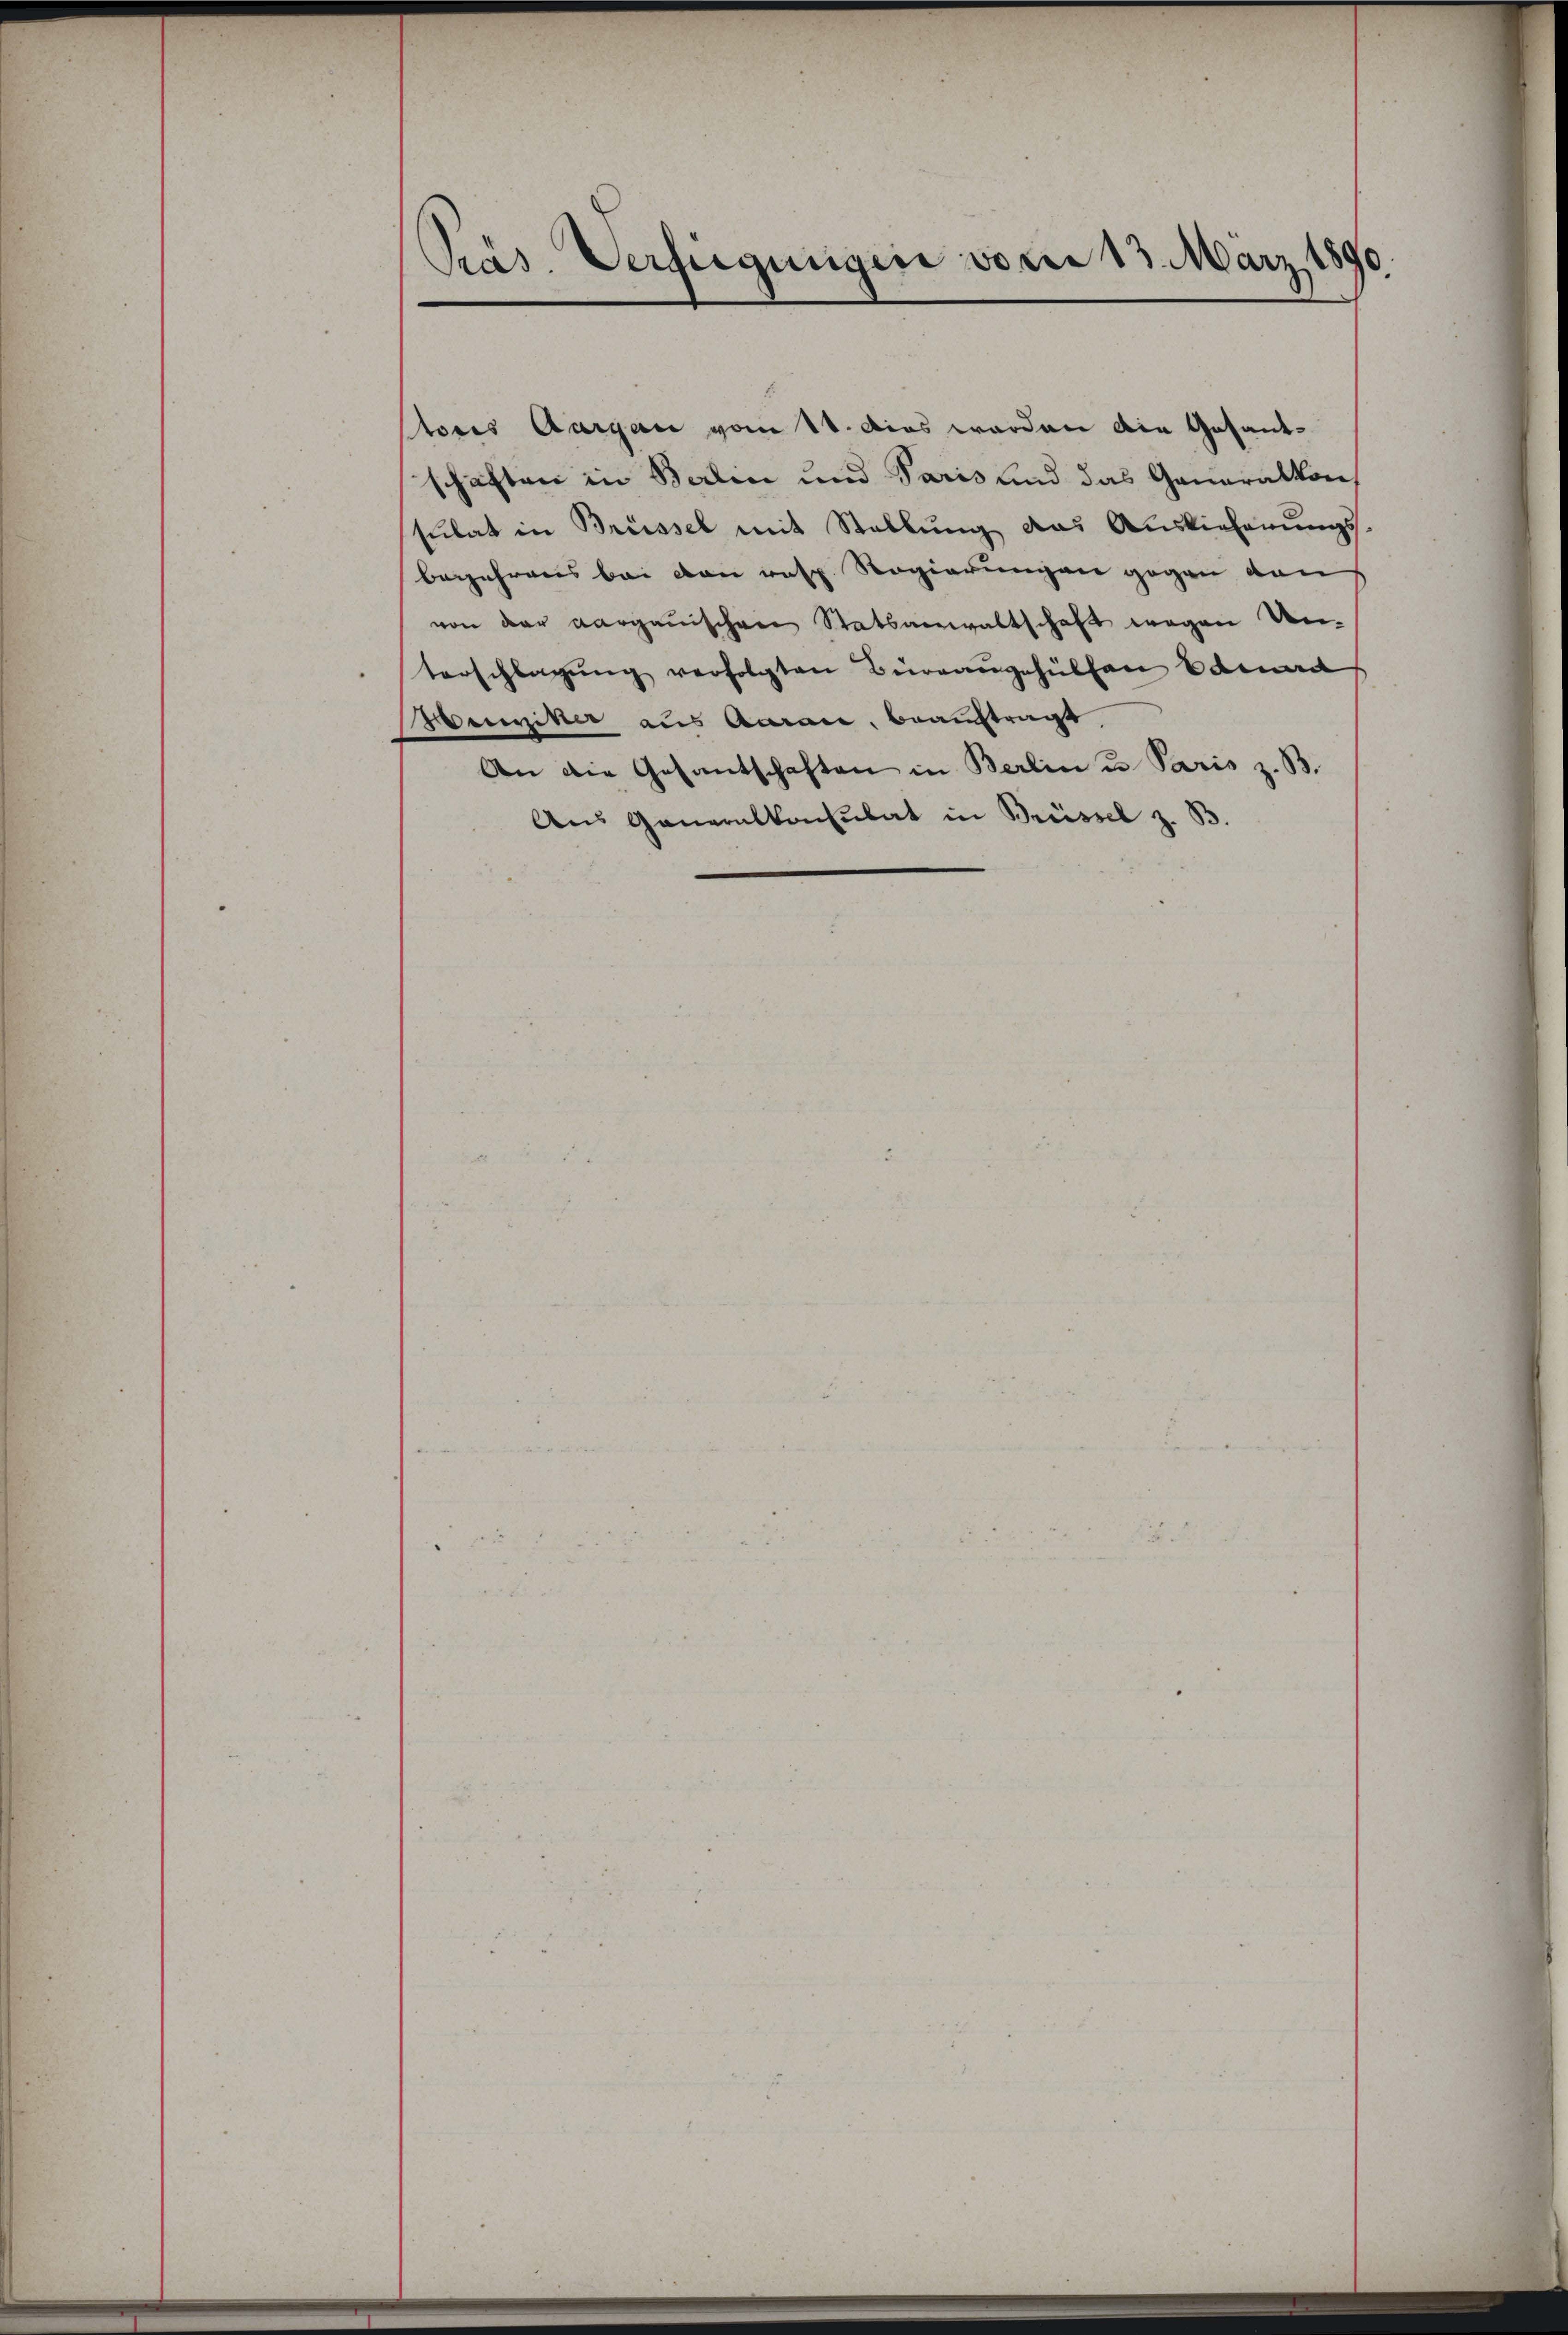
Pras Verfügungen vom 13. März 1890.

Ptoris Aargau vom 14. Das werden die Gesantschäften in Berlin und Paris und das Generalkon
sŭbat in Brüssel mit Stellŭng das Auslieferŭngs-
begehrens bei von resp. Regierungen gegen von
von der Aargauischen Statsanwaltschaft wegen den-
terschlagung verfolgten Büreangehülfen band
Bereiter aus Aarau, beauftragt
An die Gesantschaften in Berlin u. Paris z. B.
Aus Generalkonsulat in Brüssel z. B.